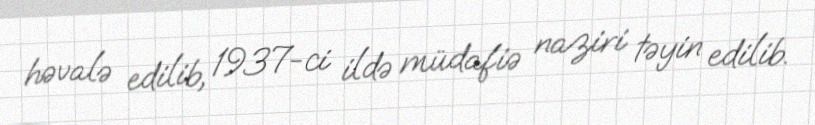
həvalə edilib, 1937-ci ildə müdafiə naziri təyin edilib.